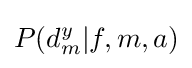
P(d_{m}^{y}|f,m,a)